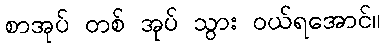
စာအုပ် တစ် အုပ် သွား ဝယ်ရအောင်။